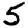
Digit: 5